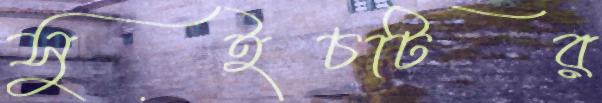
সুইচটির